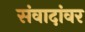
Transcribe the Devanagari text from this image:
संवादांवर